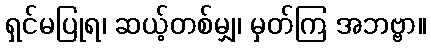
ရှင်မပြုရ၊ ဆယ့်တစ်မျှ၊ မှတ်ကြ အဘဗ္ဗာ။